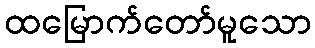
ထမြောက်တော်မူသော